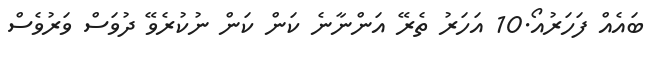
ބައެއް ފަހަރުއޯ.10 އަހަރު ތެރޭ އަންނާނެ ކަން ކަން ނުކުރެވޭ ދުވަސް ވަރުވެސް